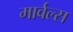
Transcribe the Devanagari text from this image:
मार्वल्स